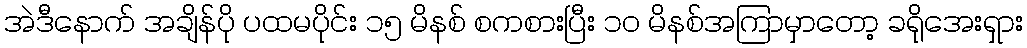
အဲဒီနောက် အချိန်ပို ပထမပိုင်း ၁၅ မိနစ် စကစားပြီး ၁၀ မိနစ်အကြာမှာတော့ ခရိုအေးရှား